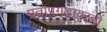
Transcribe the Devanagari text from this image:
प्रतापगडावरही